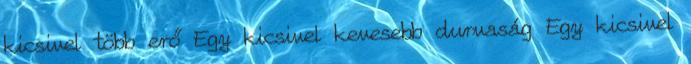
kicsivel több erő Egy kicsivel kevesebb durvaság Egy kicsivel